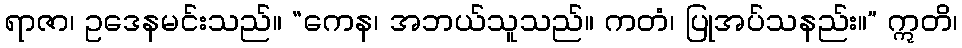
ရာဇာ၊ ဥဒေနမင်းသည်။ “ကေန၊ အဘယ်သူသည်။ ကတံ၊ ပြုအပ်သနည်း။” ဣတိ၊